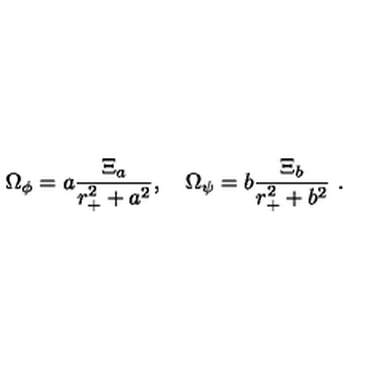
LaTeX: { \Omega } _ { \phi } = a { \frac { { \Xi } _ { a } } { r _ { + } ^ { 2 } + a ^ { 2 } } } , \quad { \Omega } _ { \psi } = b { \frac { { \Xi } _ { b } } { r _ { + } ^ { 2 } + b ^ { 2 } } } \ .